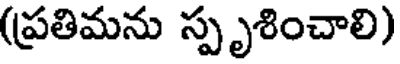
(ప్రతిమను స్పృశించాలి)